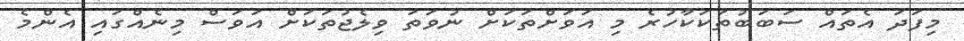
މިފަދަ އެތައް ސަބަބުތަކަކާހުރެ މި އަވަށްތަކަށް ނުވަތަ ވިލެޖުތަކަށް އަވަސް މިނެއްގައި އެންމެ